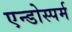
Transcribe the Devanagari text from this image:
एन्डोस्पर्म